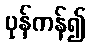
ပုန်ကန်၍